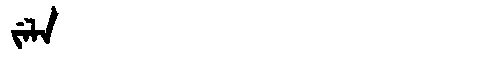
Manchu: ᠵᡝᠯᠠ
Romanization: JELA